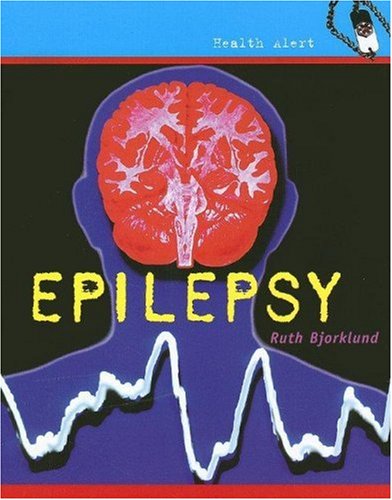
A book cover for Epilepsy (Health Aleart); Ruth Bjorklund; Health, Fitness & Dieting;